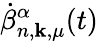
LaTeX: \dot{\beta}_{n,\mathbf{k},\mu}^{\alpha}(t)